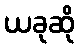
ယခုဆို